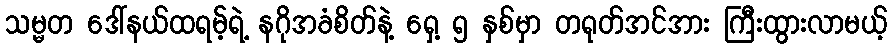
သမ္မတ ဒေါ်နယ်ထရမ့်ရဲ့ နဂိုအခံစိတ်နဲ့ ရှေ့ ၅ နှစ်မှာ တရုတ်အင်အား ကြီးထွားလာမယ့်